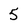
Character: 5